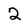
Character: 2